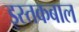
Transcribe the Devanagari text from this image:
इस्तकबाल